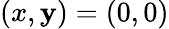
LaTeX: (x,\mathbf{y})=(0,0)